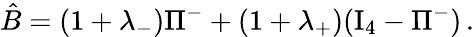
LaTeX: \hat{B}=(1+\lambda_{-})\Pi^{-}+(1+\lambda_{+})(\mathrm{I}_{4}-\Pi^{-})\, .